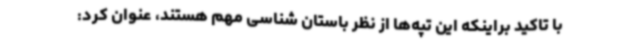
با تاکید براینکه این تپه‌ها از نظر باستان شناسی مهم هستند، عنوان کرد: